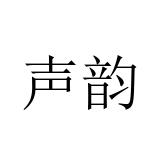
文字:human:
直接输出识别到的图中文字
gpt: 声韵